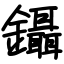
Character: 鑷